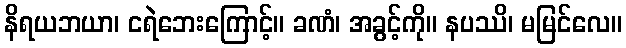
နိရယဘယာ၊ ငရဲဘေးကြောင့်။ ခဏံ၊ အခွင့်ကို။ နပဿိ၊ မမြင်လေ။